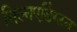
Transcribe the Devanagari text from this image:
मिल्नएडिंग्टन